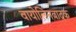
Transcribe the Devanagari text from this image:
वायोलिनवादक